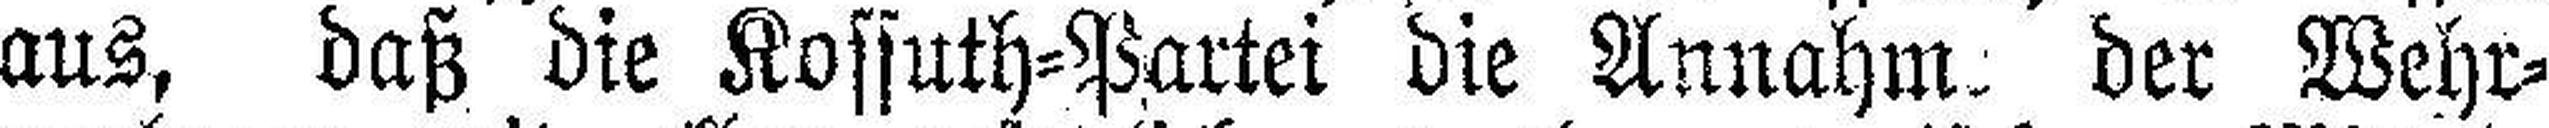
aus, daß die Kossuth=Partei die Annahm der Wehr¬